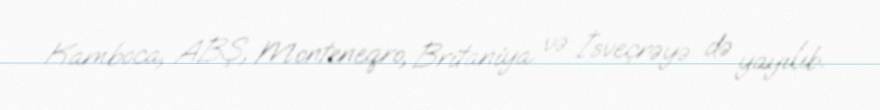
Kamboca, ABŞ, Monteneqro, Britaniya və İsveçrəyə də yayılıb.